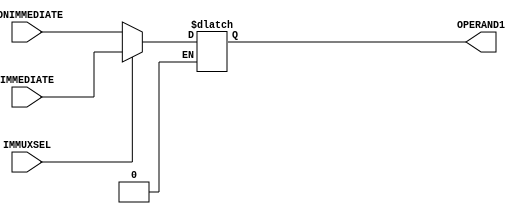
// Computer Architecture (CO224) - Lab 05
// Design: Multiplexer for immediate value selection of Simple Processor
`timescale 1ns/100ps
module mux_immediate(IMMUXSEL, IMMEDIATE, NONIMMEDIATE, OPERAND1);

     input IMMUXSEL;                    //initialize inputs
     input [7:0]IMMEDIATE, NONIMMEDIATE;//here inputs are immediate and non immediate values
     output [7:0]OPERAND1;              //initialize outputs

     reg [7:0]OPERAND1;

     always @ (*)
     begin
         if(IMMUXSEL == 1)
         begin
		OPERAND1 = IMMEDIATE;//if loadi then immediate value is loaded
         end
         else if(IMMUXSEL == 0)
         begin
		OPERAND1 = NONIMMEDIATE;//if not output of the subtract multipleser is loaded
         end
     end
endmodule